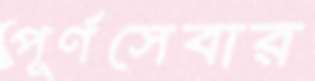
পূর্ণসেবার